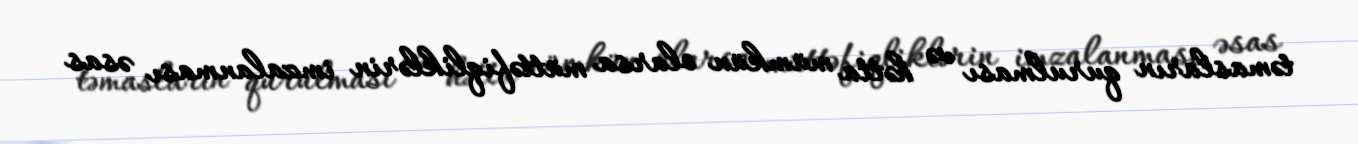
təmasların qurulması və hətta mümkün olarsa müttəfiqliklərin imzalanması əsas